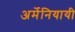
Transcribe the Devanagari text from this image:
अर्मेनियायी